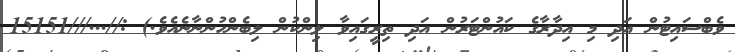
ވެބްސައިޓުން އަދި މި އިދާރާގެ ކައުންޓަރުން އަދި ތިރީގައިވާ ލިންކުން ލިބެންހުންނާނެއެވެ.) ://...///15151